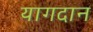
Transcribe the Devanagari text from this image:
यागदान